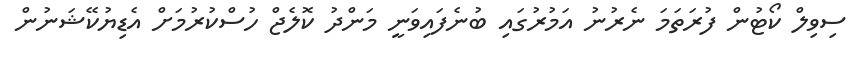
ސިވިލް ކޯޓުން ފުރަތަމަ ނެރުނު އަމުރުގައި ބުނެފައިވަނީ މަންދު ކޮލެޖް ހުސްކުރުމަށް އެޑިޔުކޭޝަނުން